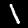
Label: 1